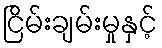
ငြိမ်းချမ်းမှုနှင့်